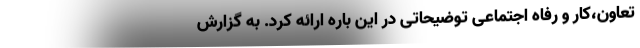
تعاون،کار و رفاه اجتماعی توضیحاتی در این باره ارائه کرد. به گزارش